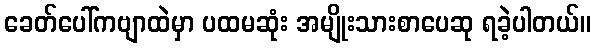
ခေတ်ပေါ်ကဗျာထဲမှာ ပထမဆုံး အမျိုးသားစာပေဆု ရခဲ့ပါတယ်။